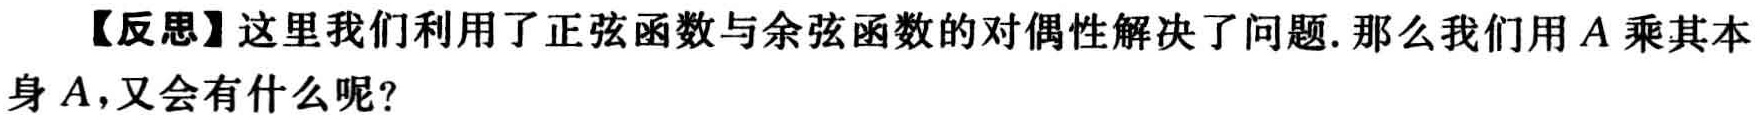
【反思】这里我们利用了正弦函数与余弦函数的对偶性解决了问题. 那么我们用\(A\)乘其本身\(A\)，又会有什么呢？